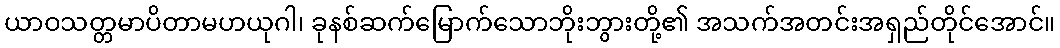
ယာဝသတ္တမာပိတာမဟယုဂါ၊ ခုနစ်ဆက်မြောက်သောဘိုးဘွားတို့၏ အသက်အတင်းအရှည်တိုင်အောင်။